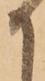
か